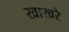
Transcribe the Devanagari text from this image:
खाखरे